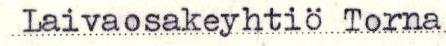
Laivaosakeyhtiö Torna